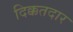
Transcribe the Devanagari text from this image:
दिक्कतदार